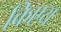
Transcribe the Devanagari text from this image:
किएय